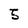
Character: 5